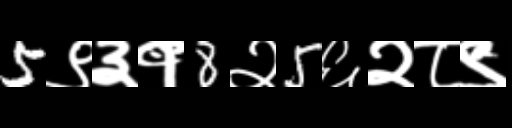
Text: 5९३१8२5६२८९